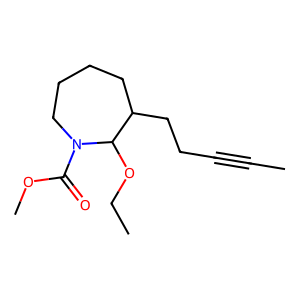
SMILES: CC#CCCC1CCCCN(C(=O)OC)C1OCC
Inhibits HIV replication: No